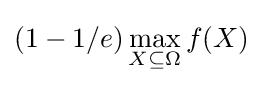
(1-1/e)\max _{X\subseteq \Omega }f(X)